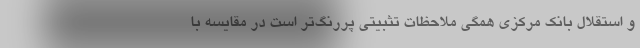
و استقلال بانک مرکزی همگی ملاحظات تثبیتی پررنگ‌تر است در مقایسه با